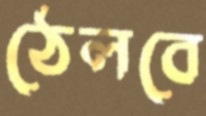
ঠেলবে